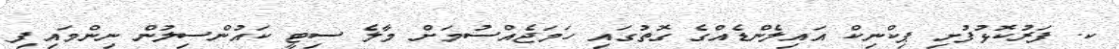
ކ. ފަރުކޮޅުފުށި ޕިކްނިކް އައިލެންޑެއްގެ ގޮތުގައި ހަމަޖެއްސުމަށް މާލެ ސިޓީ ކައުންސިލުން ނިންމައިފި